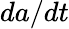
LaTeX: da/dt